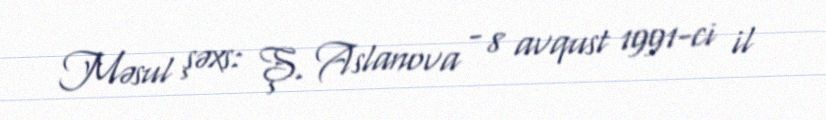
Məsul şəxs: Ş. Aslanova - 8 avqust 1991-ci il